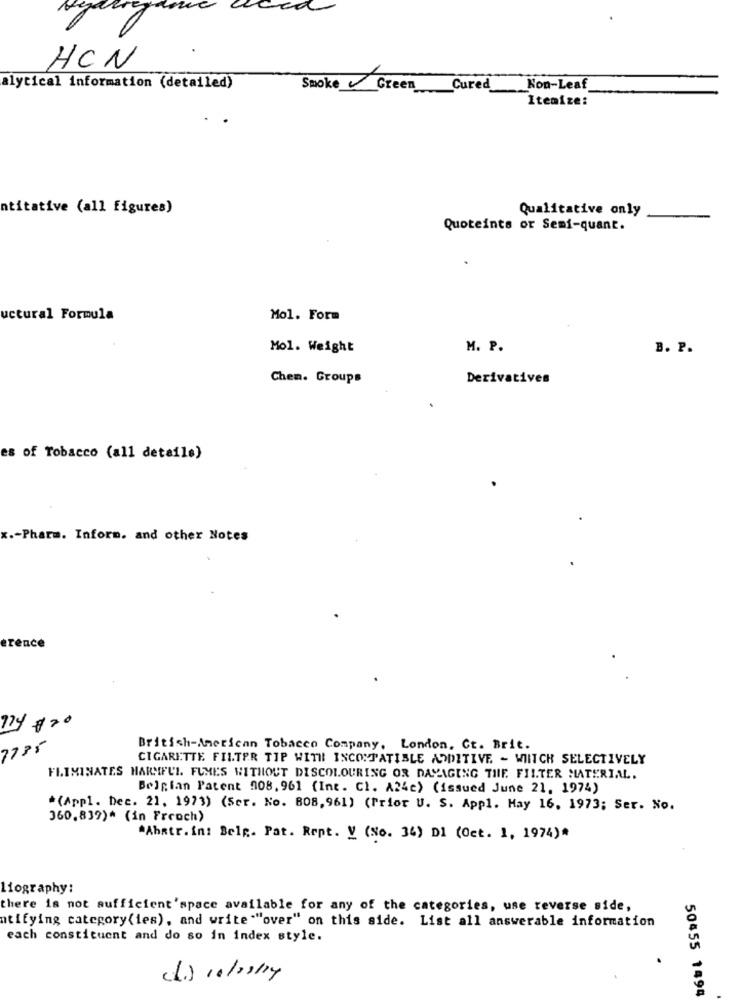
HCN
alytical information (detailed)
SmokeGreen
Cured_
Non-Leaf
Itemize:
ntitative (all figures)
Qualitative only
Quoteints or Semi-quant.
uctural Formula
Mol. Form
Mol. Weight
M. P.
B. P.
Chen. Groups
Derivatives
es of Tobacco (all details)
x .- Pharm. Inform. and other Notes
erence
ny # 20
7735
British-American Tobacco Company, London, Ct. Brit.
CIGARETTE FILTER TIP WITH INCOMPATIBLE ADDITIVE - WITCH SELECTIVELY
FLIMINATES HARMFUL FUMES WITHOUT DISCOLOURING OR DAYAGING THE FILTER MATERIAL.
Belgian Patent 908. 961 (Int. Cl. A24c) (issued June 21, 1974)
*(Appl. Dec. 21, 1973) (Ser. No. 808, 961) (Prior U. S. Appl. Hay 16, 1973; Ser. No.
360.839)* (in French)
*Ahatr. in: Belg. Pat. Rept. V (No. 34) DI (Oct. 1, 1974)*
liography:
there is not sufficient'space available for any of the categories, use reverse side,
ntifying category(ies), and write ""over" on this side. List all answerable information
each constituent and do so in index style.
(.) 10/2014
50455 1494